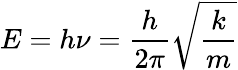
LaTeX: E=h\nu={\frac{h}{2\pi}}{\sqrt{\frac{k}{m}}}